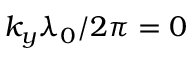
k _ { y } \lambda _ { 0 } / 2 \pi = 0